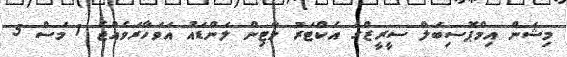
މިޝަން އިމްޕޮސިބަލް ސީރީޒްގެ އެކްޓަރު މާޓިން ލަންޑައު އަވަހާރަވެއްޖެ 1 މަސް 5